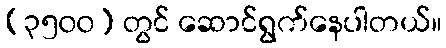
(၃၅၀၀) တွင် ဆောင်ရွက်နေပါတယ်။